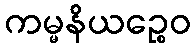
ကမ္မနိယဉ္စေဝ